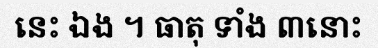
នេះ ឯង ។ ធាតុ ទាំង ៣នោះ